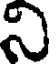
ని